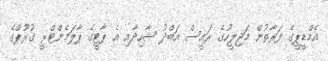
އެމްޑީޕީގެ ފަރާތުން މަޖިލީހުގެ ރައީސް އަބްދު ޝާހިދާއި އެ ޕާޓީގެ ޕާލަމެންޓްރީ ގުރޫޕްގެ